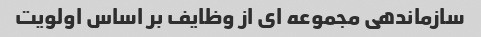
سازماندهی مجموعه ای از وظایف بر اساس اولویت